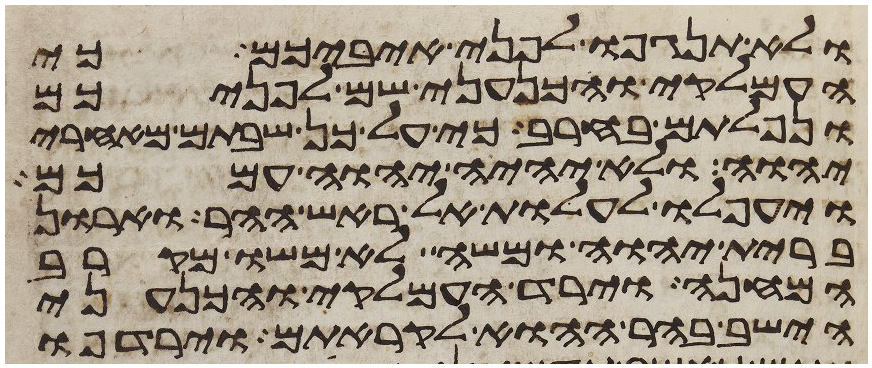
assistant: ולא תנגפו לפני איביכם כי
העמלקי והכנעני שם לפניכם
ונפלתם בחרב כי על כן שבתם מאחרי
יהוה ולא יהיה יהוה עמכם
ויעפלו לעלות אל ראש ההר וארון
ברית יהוה ומשה לא משו מקרב
המחנה וירד העמלקי והכנעני
הישב בהר ההוא לקראתם וירדפו